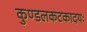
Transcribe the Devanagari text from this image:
कुण्डलकटकादयः